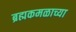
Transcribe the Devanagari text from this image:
ब्रह्मकमळाच्या